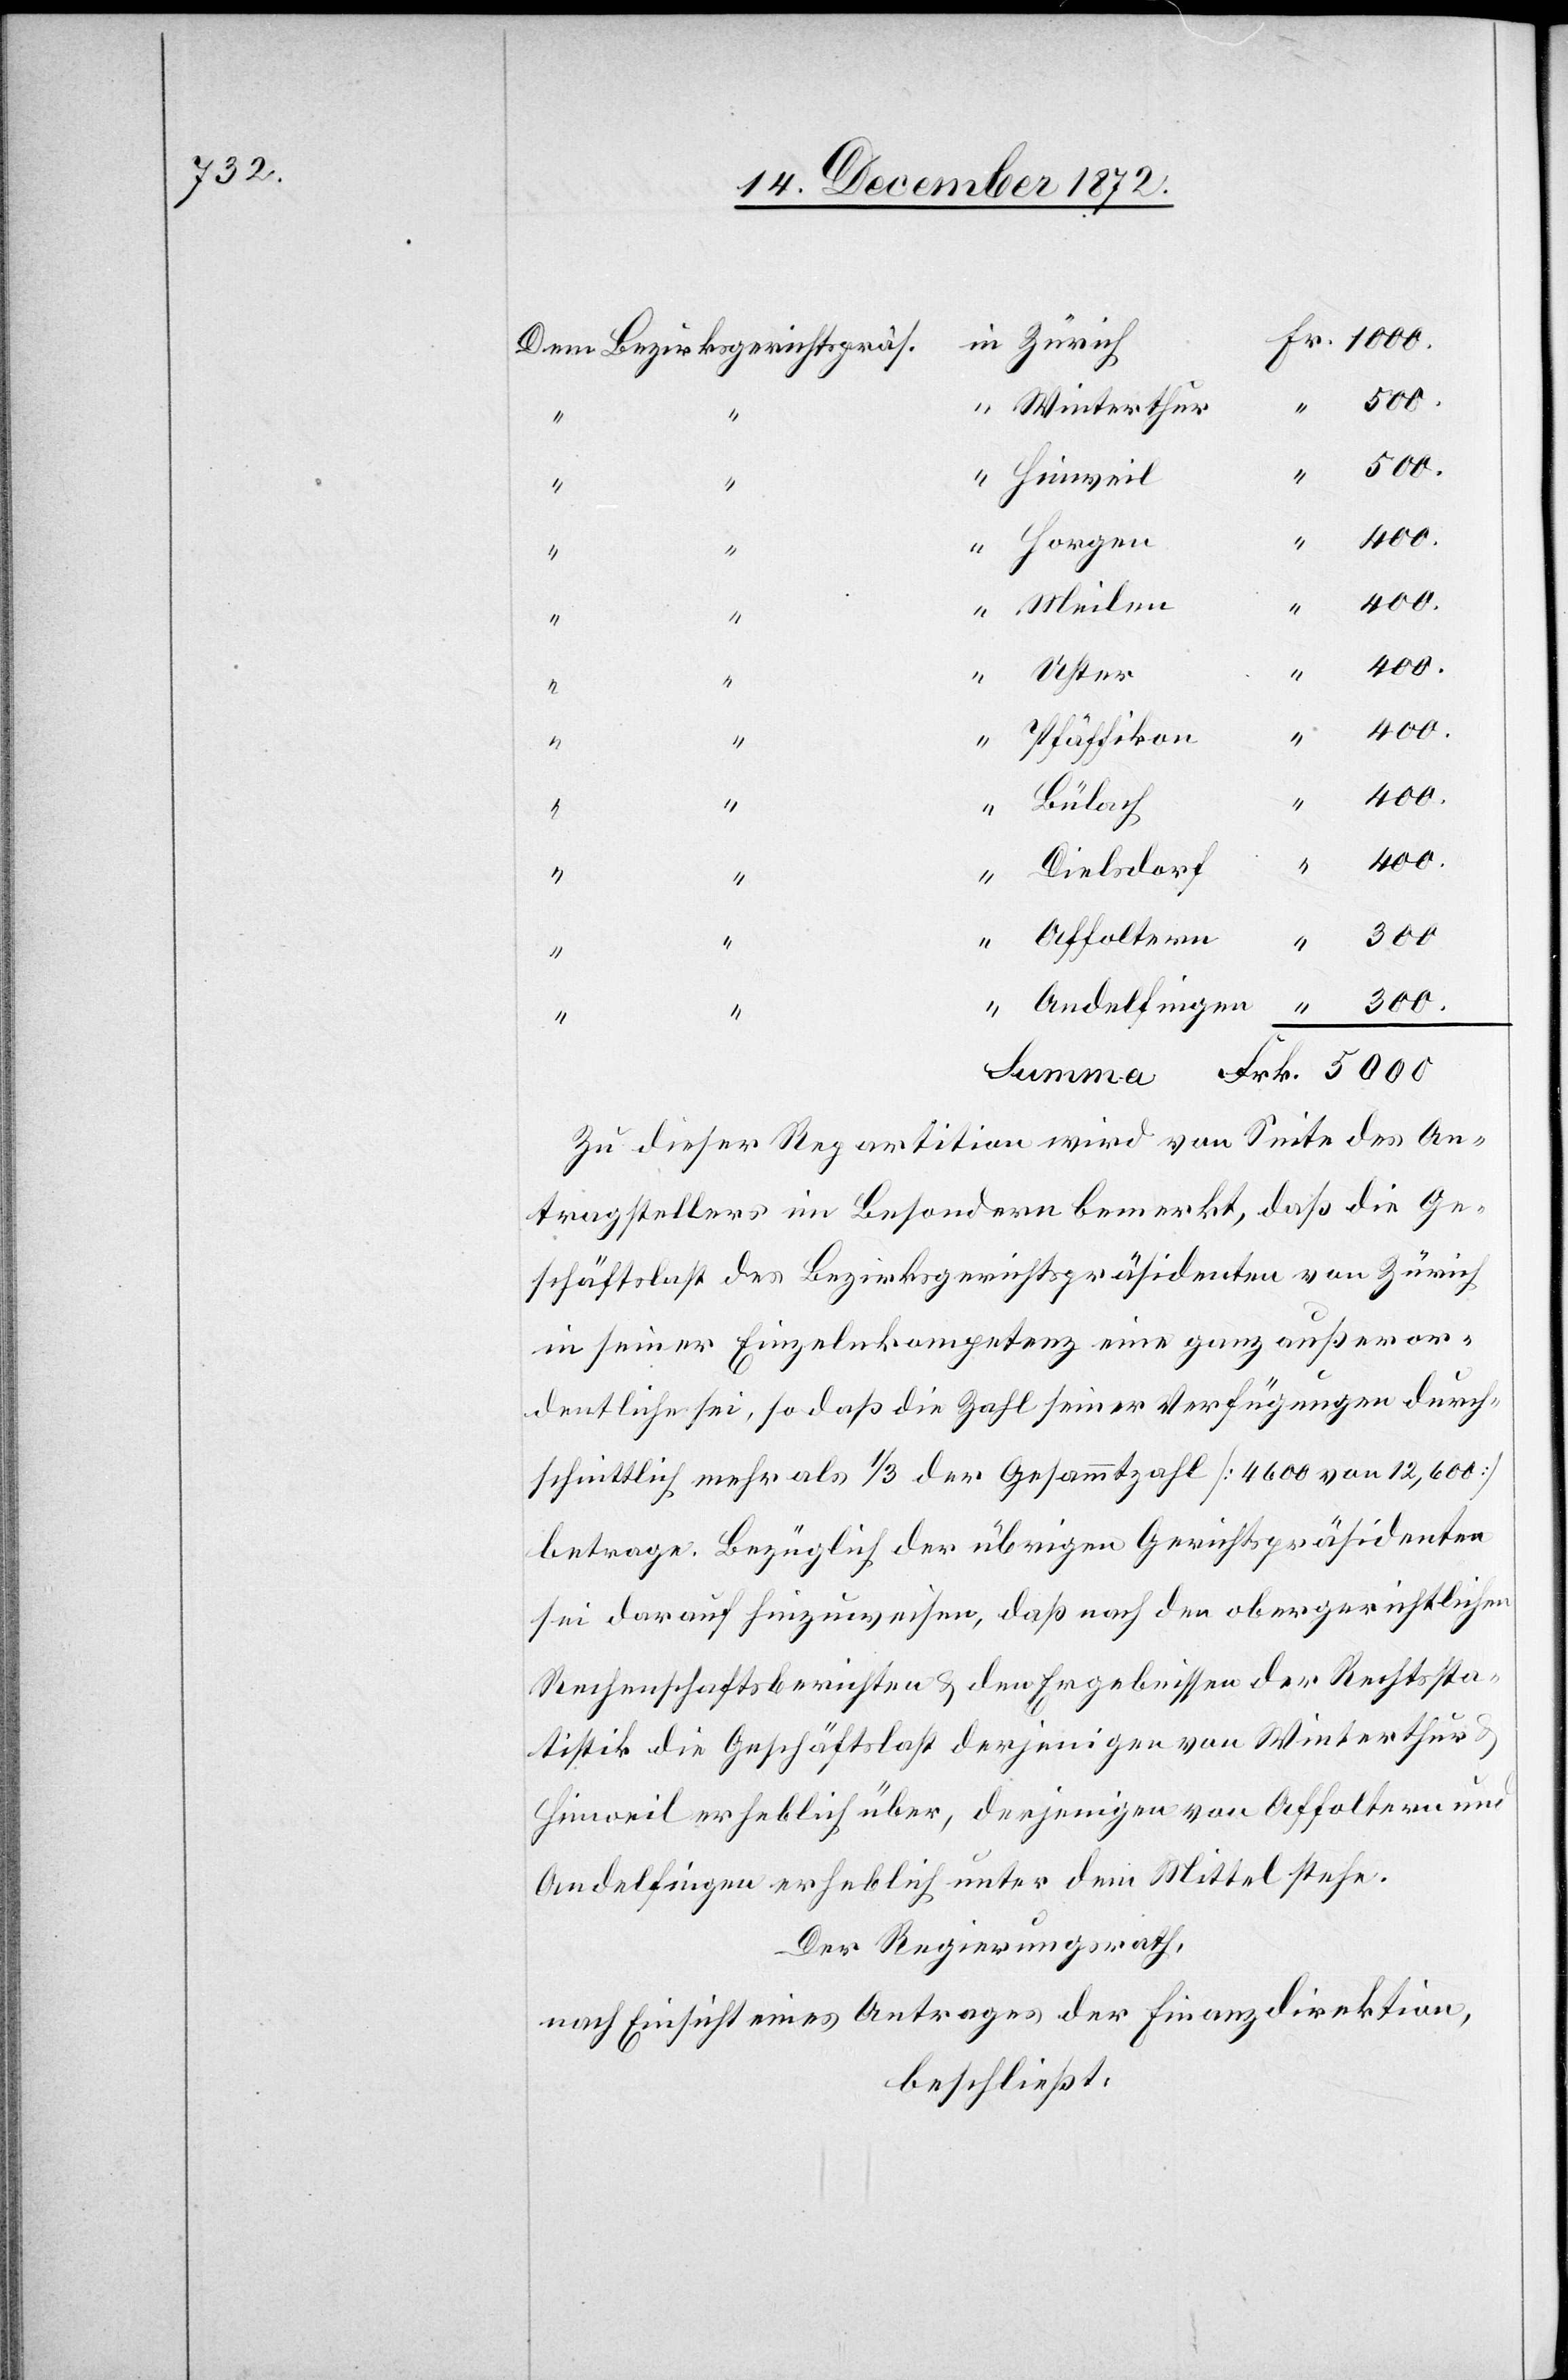
Bezirksgerichtspräs.
Winterthur
Horgen
Meilen
“
u.
Pfäffikon
400.
Bülach
1000.
Dielsdorf
Affoltern
5000
Zu dieser Repartition wird von Seite des An¬
tragstellers im Besondern bemerkt, daß die Ge¬
schäftslast des Bezirksgerichtspräsidenten von Zürich
in seiner Einzelkompetenz eine ganz außeror¬
dentliche sei, so daß die Zahl seiner Verfügungen durch¬
schnittlich mehr als 1/3 der Gesammtzahl [4600 von 12,600]
betrage. Bezüglich der übrigen Gerichtspräsidenten
sei darauf hinzuweisen, daß nach den obergerichtlichen
Rechenschaftsberichten u. den Ergebnissen der Rechtssta¬
tistik die Geschäftslast derjenigen von Winterthur
Hinweil erheblich über, derjenigen von Affoltern und
Andelfingen erheblich unter dem Mittel stehe.
Der Regierungsrath,
nach Einsicht eines Antrages der Finanzdirektion,
beschließt: